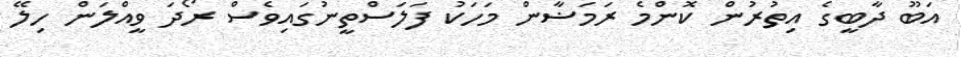
އަބޫ ދާބީގެ އިތުރުން ކޮންމެ ރަމަޟާން މަހަކު ފަލަސްތީނުގައިވެސް ރޯދަ ވީއްލަން ހިލޭ